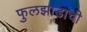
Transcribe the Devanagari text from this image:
फुलझाडाची